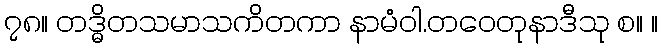
၇၈။ တဒ္ဓိတသမာသကိတကာ နာမံဝါ.တဝေတုနာဒီသု စ။ ။